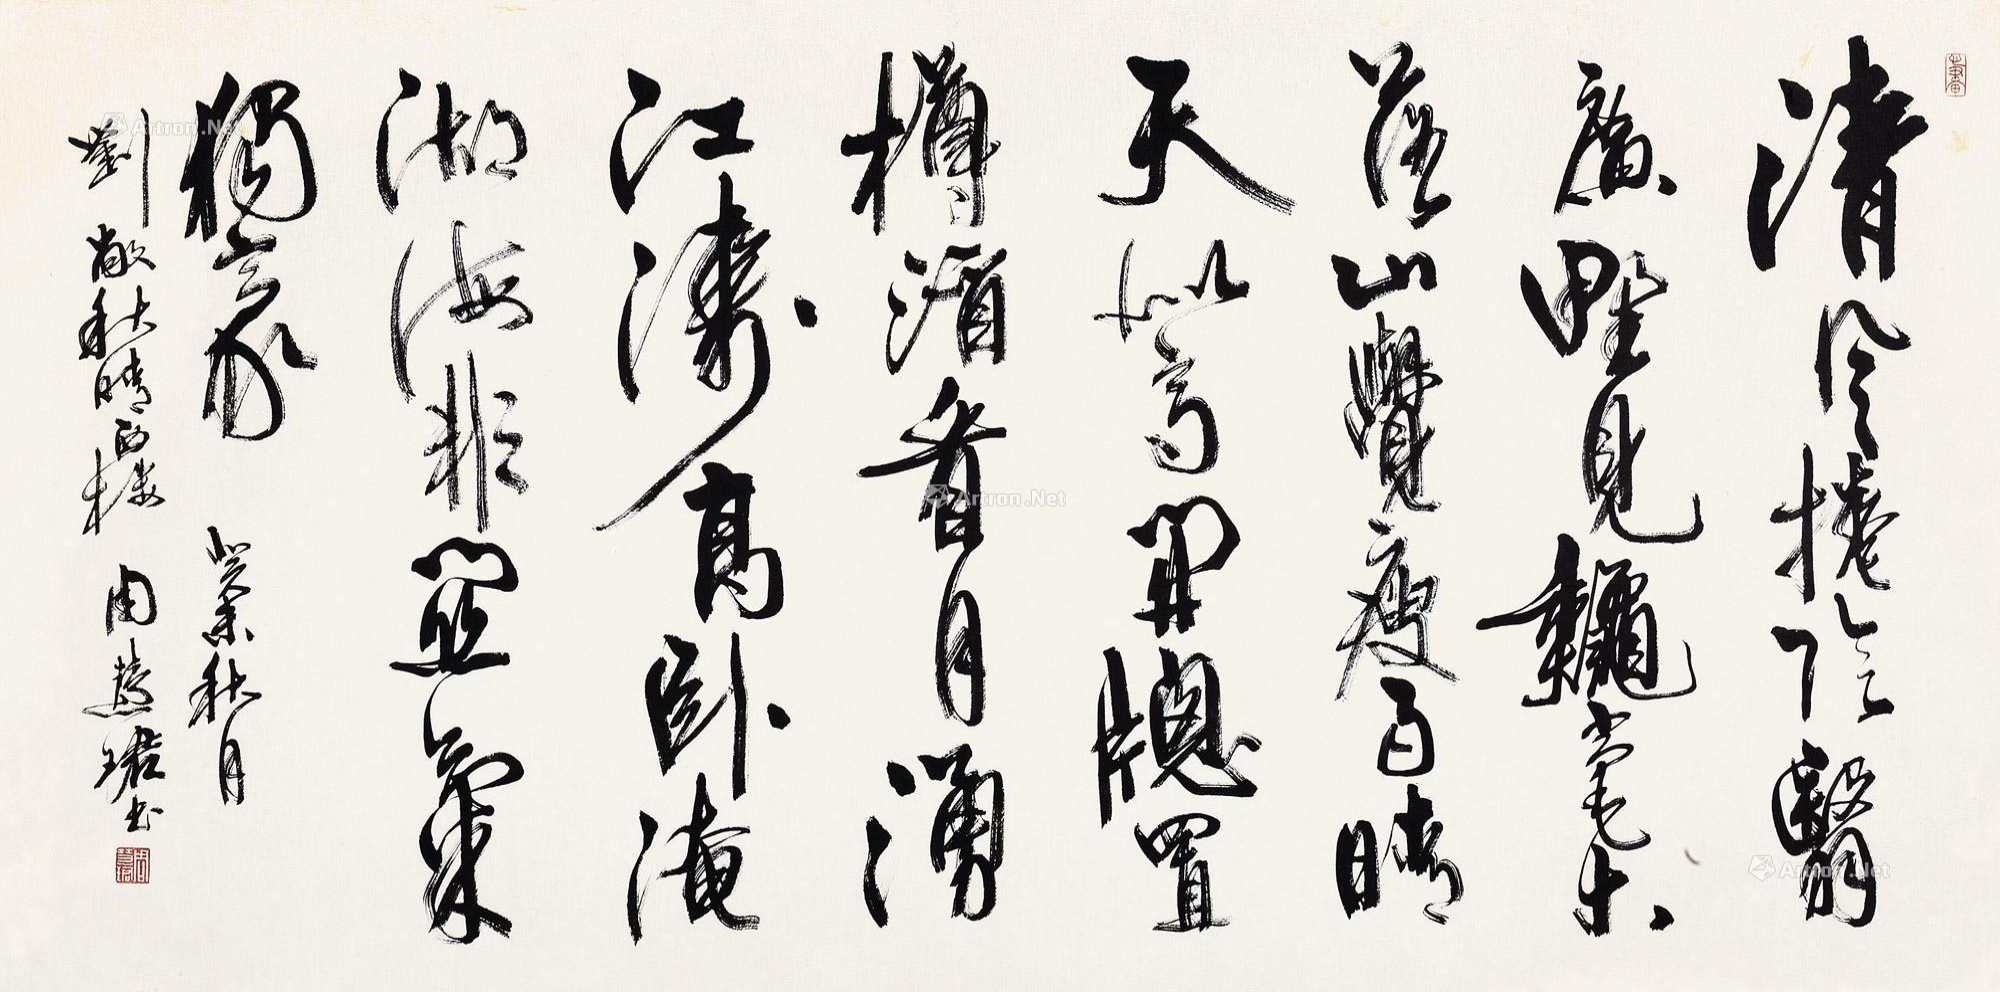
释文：清风卷阴翳，广野见秋毫。木落山觉瘦，雨晴天似高。开窗置樽酒，看月涌江涛。高卧淹湖海，非关气独豪。癸未秋月，刘敞秋哨西楼，周慧珺书。